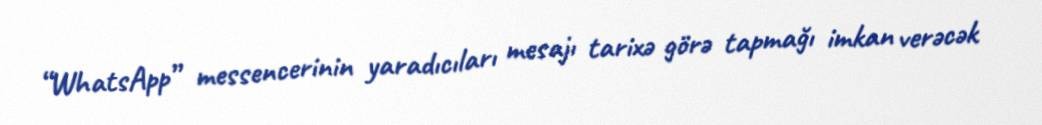
“WhatsApp” messencerinin yaradıcıları mesajı tarixə görə tapmağı imkan verəcək